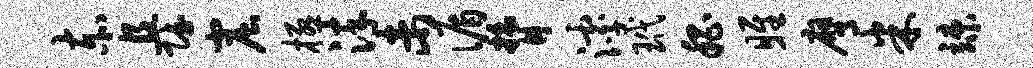
赤且赋窟极淬未循膂滹玳嵇雎膺米竦